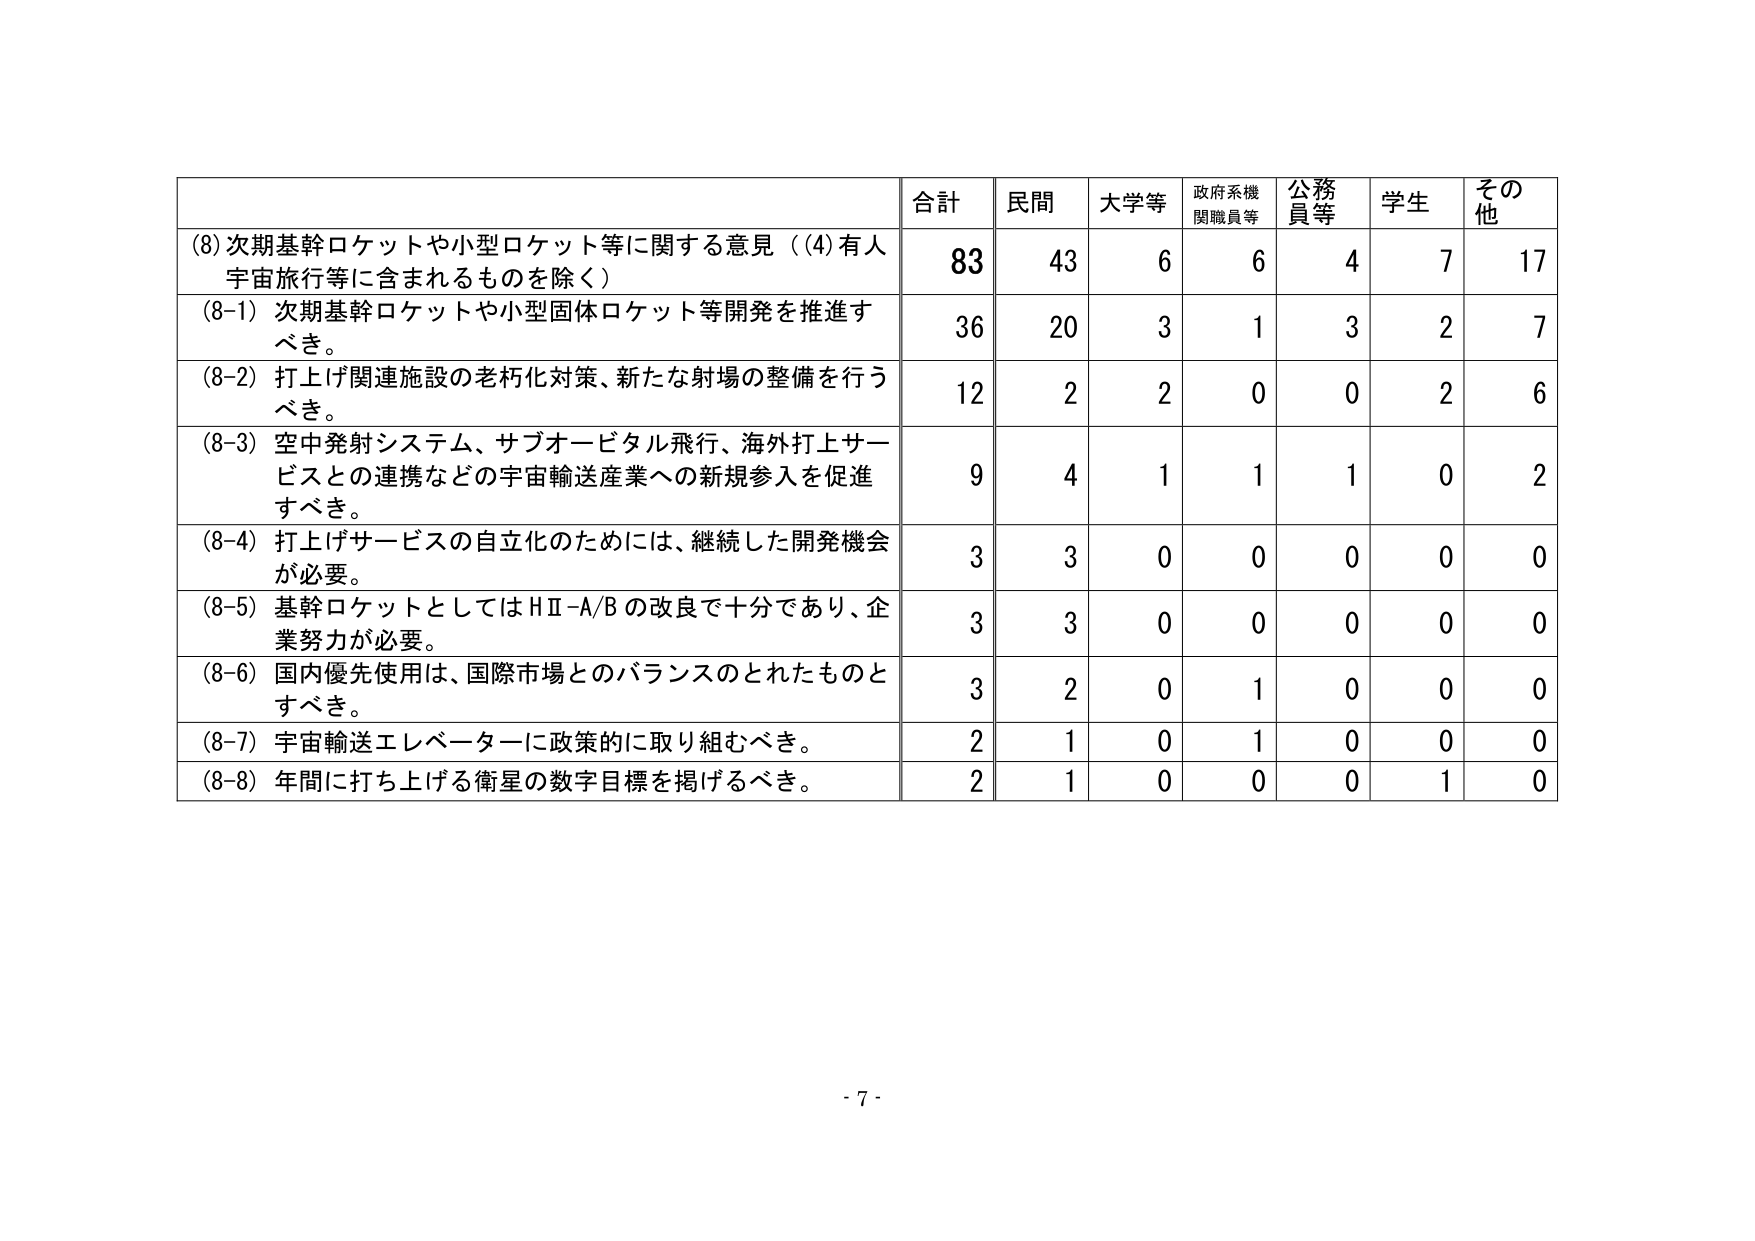
(8) 次期基幹ロケットや小型ロケット等に関する意見（(4) 有人宇宙旅行等に含まれるものを除く）
合計 83 民間 43 大学等 6 政府系機関職員等 6 公務員等 4 学生 7 その他 17
(8-1) 次期基幹ロケットや小型固体ロケット等開発を推進すべき。 36 20 3 1 3 2 7
(8-2) 打上げ関連施設の老朽化対策、新たな射場の整備を行うべき。 12 2 2 0 0 2 6
(8-3) 空中発射システム、サブオービタル飛行、海外打上サービスとの連携などの宇宙輸送産業への新規参入を促進すべき。 9 4 1 1 1 0 2
(8-4) 打上げサービスの自立化のためには、継続した開発機会が必要。 3 3 0 0 0 0 0
(8-5) 基幹ロケットとしてはHⅡ-A/Bの改良で十分であり、企業努力が必要。 3 3 0 0 0 0 0
(8-6) 国内優先使用は、国際市場とのバランスのとれたものとすべき。 3 2 0 1 0 0 0
(8-7) 宇宙輸送エレベーターに政策的に取り組むべき。 2 1 0 1 0 0 0
(8-8) 年間に打ち上げる衛星の数字目標を掲げるべき。 2 1 0 0 0 1 0
- 7 -